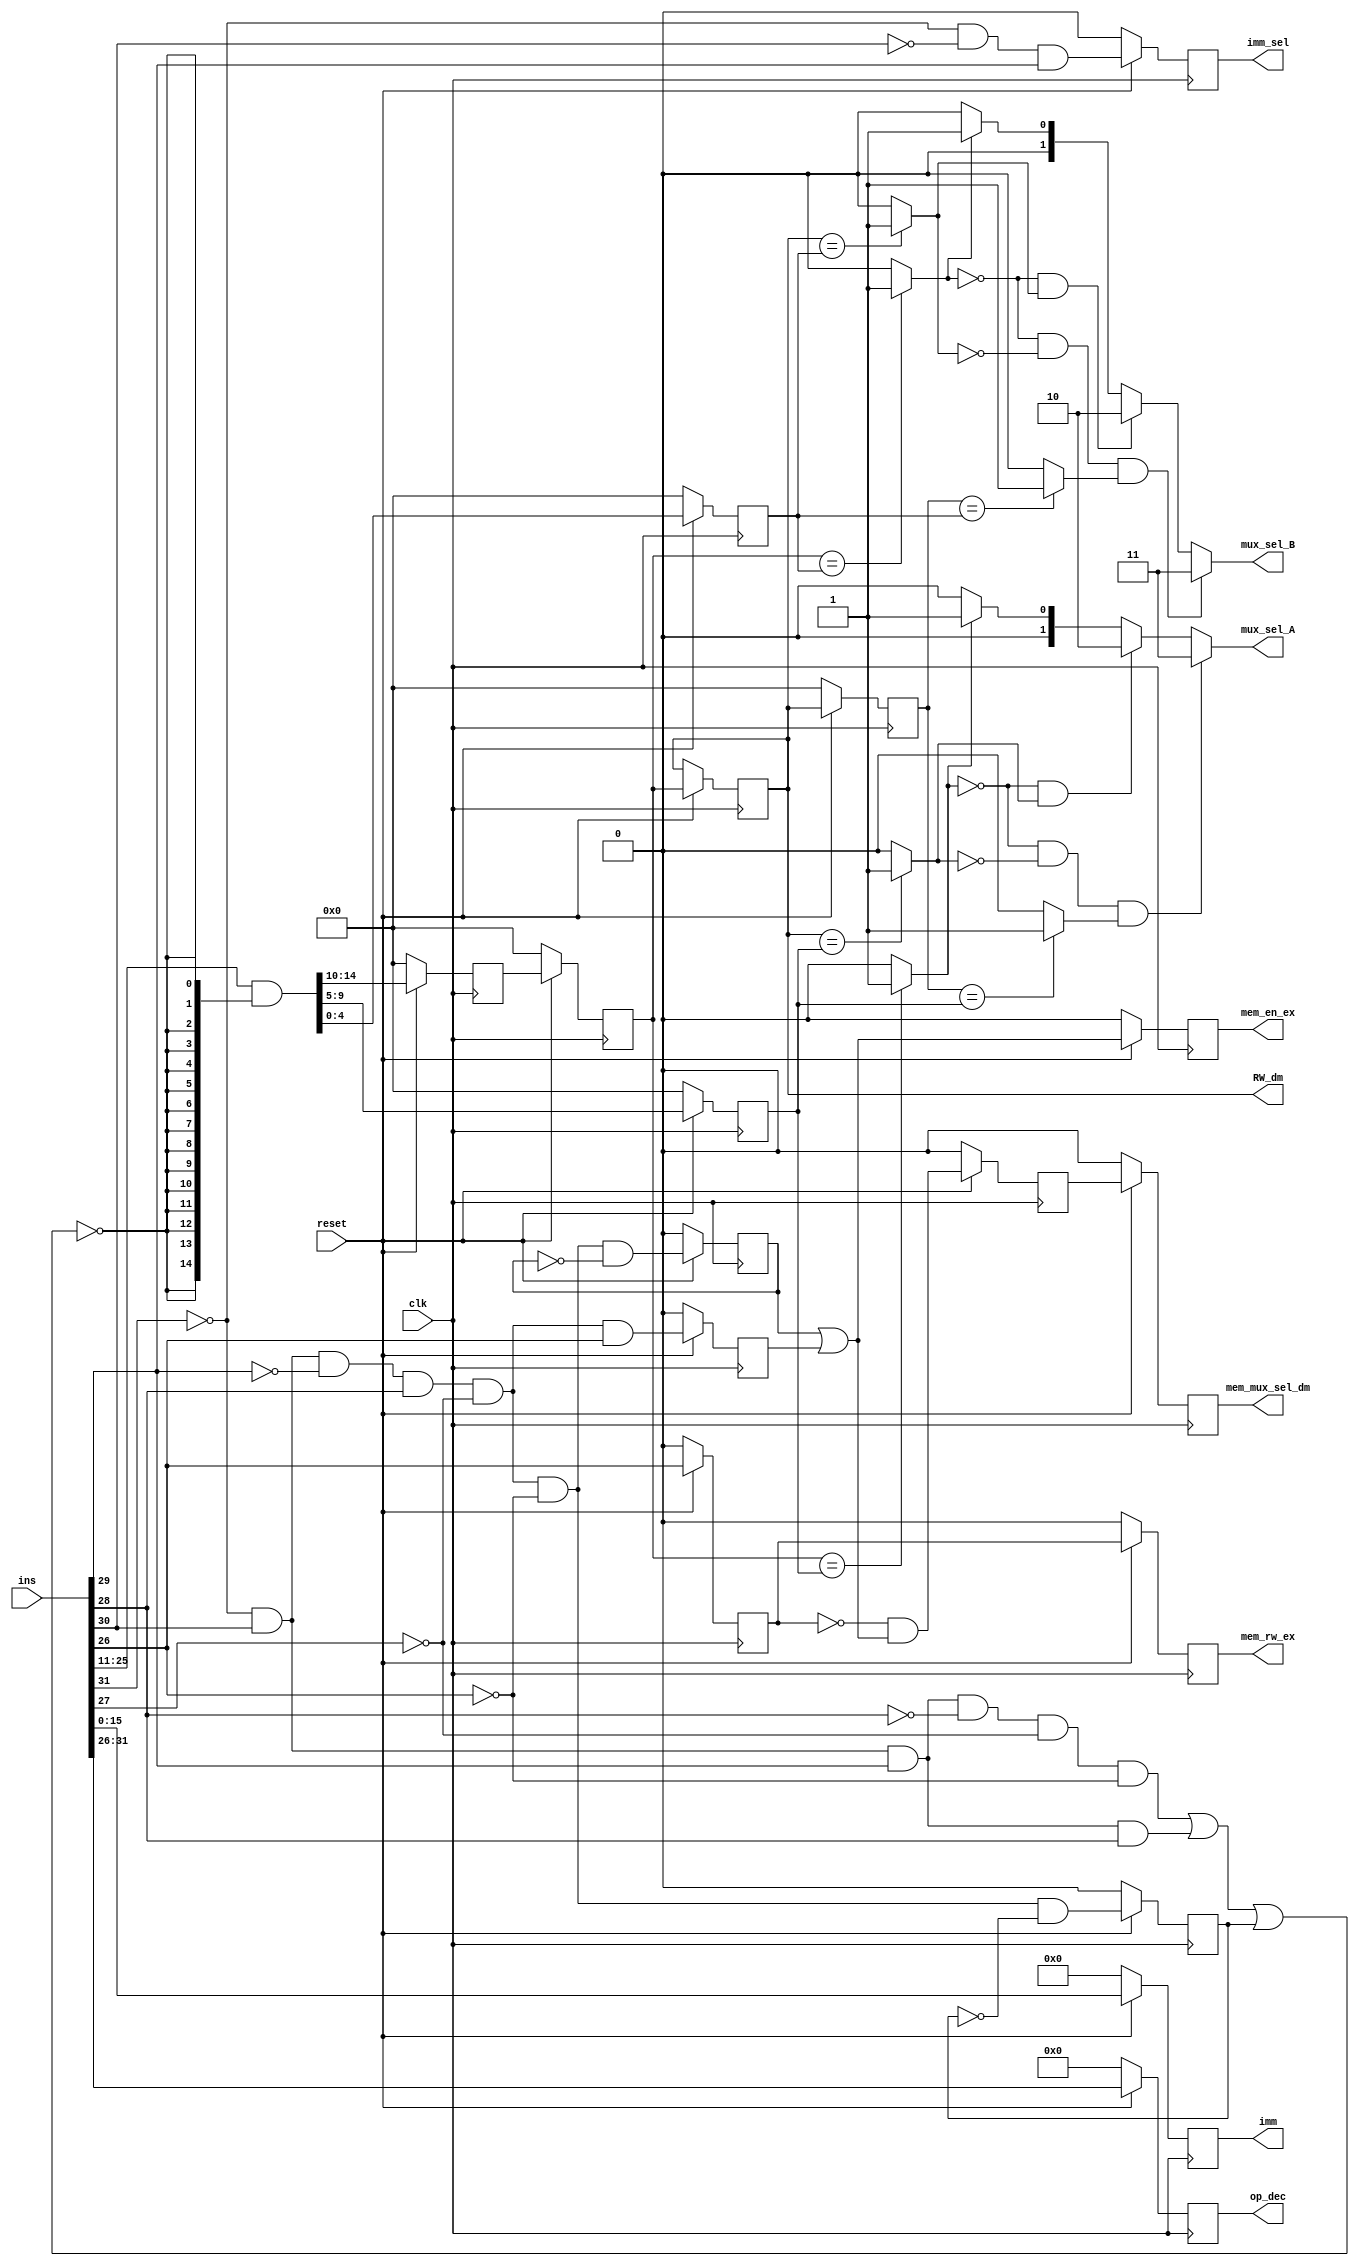
`timescale 1ns / 1ps
//////////////////////////////////////////////////////////////////////////////////
// Company: 
// Engineer: 
// 
// Design Name: 
// Module Name:    Dependency_check_block 
// Project Name: 
// Target Devices: 
// Tool versions: 
// Description: 
//
// Dependencies: 
//
// Revision: 
// Revision 0.01 - File Created
// Additional Comments: 
//
//////////////////////////////////////////////////////////////////////////////////
module Dependency_check_block(ins,clk,reset,imm,op_dec,RW_dm,mux_sel_A,mux_sel_B,imm_sel,
mem_en_ex,mem_rw_ex,mem_mux_sel_dm);
input [31:0]ins;
input clk,reset;
output reg [15:0] imm;
output reg [5:0] op_dec;
output reg[4:0] RW_dm;
output [1:0] mux_sel_A,mux_sel_B;
output reg imm_sel,mem_en_ex,mem_rw_ex,mem_mux_sel_dm;
reg q1,q2,q3,q4,q5;
reg [4:0]reg1,reg2,reg3,reg4,reg5,reg6;
wire [14:0] in_ex,ins_and;

assign JMP = ((~ins[31])&ins[30]&ins[29]&(~ins[28])&(~ins[27])&(~ins[26])); //AND gate for jump
assign Cond_J = ((~ins[31])&ins[30]&(ins[29])&(ins[28]));//AND gate for Conditional Jump
assign LD_fb = ((~ins[31])&ins[30]&(~ins[29])&(ins[28])&(~ins[27])&(~ins[26])&(~q1));//AND gate for Load 
assign Imm = ((~ins[31])&(~ins[30])&ins[29]);//AND gate for Imm
assign LD1 = ((~ins[31])&ins[30]&(~ins[29])&(ins[28])&(~ins[27])&(~ins[26]));//AND gate for LOAD
assign ST = ((~ins[31])&ins[30]&(~ins[29])&(ins[28])&(~ins[27])&(ins[26]));//AND gate for store

always@(posedge clk)
begin
	if(reset==0)
		begin
			q1<=0;
			op_dec<=0;
			imm<=0;
			imm_sel<=0;
			q2<=0;
			mem_rw_ex<=0;
			q3<=0;
			q4<=0;
			mem_en_ex<=0;								//reset conditions
			q5<=0;
			mem_mux_sel_dm<=0;
			reg1<=0;
			reg2<=0;
			reg3<=0;
			reg4<=0;
			reg5<=0;
			reg6<=0;
		end
	else
		begin
			q1 <= LD_fb;
			op_dec <=ins[31:26];
			imm <=ins[15:0];
			imm_sel<=Imm;
			q2<=ins[26];
			mem_rw_ex<=q2;
			q3<=LD1&(~q3);
			q4<=ST;
			mem_en_ex<=(q3|q4);
			q5<=((~q2)&(q3|q4));
			mem_mux_sel_dm<=q5;		//Storing values in register and delaying values
			reg1<=ins_and[14:10];
			reg2<=reg1;
			RW_dm<=reg2;
			//RW_dm<=reg3;
			reg4<=RW_dm;
			reg5<=ins_and[4:0];
			reg6<=ins_and[9:5];
		end
end 

assign in_ex = {15{~(JMP|Cond_J|q1)}}; //OR gate to extend instruction
assign ins_and = ins[25:11]&in_ex;	

assign comp1 = (reg2==reg6)?1'b1:1'b0;
assign comp2 = (RW_dm==reg6)?1'b1:1'b0;
assign comp3 = (reg4==reg6)?1'b1:1'b0;		//Comparator to compare values of registers
assign comp4 = (reg2==reg5)?1'b1:1'b0;
assign comp5 = (RW_dm==reg5)?1'b1:1'b0;
assign comp6 = (reg4==reg5)?1'b1:1'b0;

assign and1 = (~comp1)&comp2;
assign and2 = (~comp1)&(~comp2)&comp3;
assign and3 = (~comp4)&comp5;						//And gates for comparators
assign and4 = (~comp4)&(~comp5)&comp6;

assign mux_sel_A=(and2==1)?2'b11:(and1==1)?2'b10:(comp1==1)?2'b01:2'b00;//Priority Encoder for mux_sel_A 
assign mux_sel_B=(and4==1)?2'b11:(and3==1)?2'b10:(comp4==1)?2'b01:2'b00;//Priority Encoder for mux_sel_B

endmodule